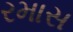
રમાસ